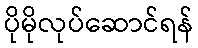
ပိုမိုလုပ်ဆောင်ရန်